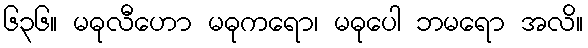
၆၃၆။ မဓုလီဟော မဓုကရော၊ မဓုပေါ ဘမရော အလိ။